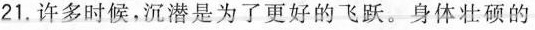
21.许多时候，沉潜是为了更好的飞跃。身体壮硕的